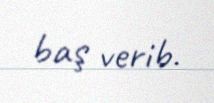
baş verib.